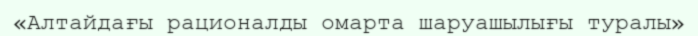
«Алтайдағы рационалды омарта шаруашылығы туралы»